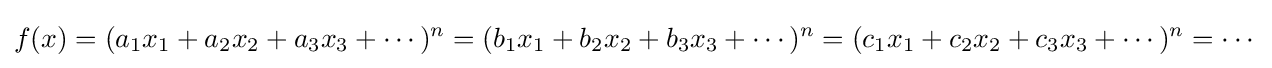
f(x)=(a_{1}x_{1}+a_{2}x_{2}+a_{3}x_{3}+\cdots )^{n}=(b_{1}x_{1}+b_{2}x_{2}+b_{3}x_{3}+\cdots )^{n}=(c_{1}x_{1}+c_{2}x_{2}+c_{3}x_{3}+\cdots )^{n}=\cdots